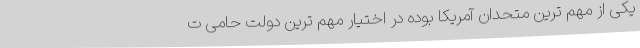
یکی از مهم ترین متحدان آمریکا بوده در اختیار مهم ترین دولت حامی ت